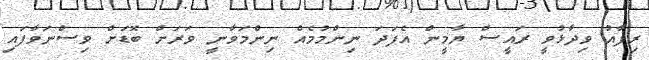
ރިފާއު ވިދާޅުވީ ރައީސް ޔާމީން އެފަދަ ނިންމުމެއް ނިންމަވާނީ ވަރަށް ބޮޑަށް ވިސްނަވާފައި